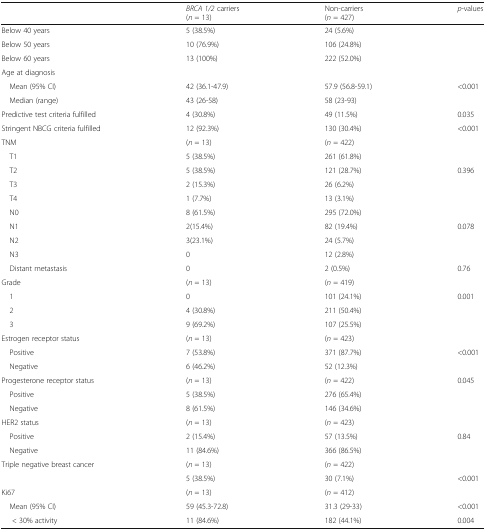
<table><thead><tr><td></td><td><b><i>BRCA 1/2</i> carriers(<i>n</i> = 13)</b></td><td><b>Non-carriers(<i>n</i> = 427)</b></td><td><b><i>p</i>-values</b></td></tr></thead><tbody><tr><td>Below 40 years</td><td>5 (38.5%)</td><td>24 (5.6%)</td><td></td></tr><tr><td>Below 50 years</td><td>10 (76.9%)</td><td>106 (24.8%)</td><td></td></tr><tr><td>Below 60 years</td><td>13 (100%)</td><td>222 (52.0%)</td><td></td></tr><tr><td colspan="4">Age at diagnosis</td></tr><tr><td> Mean (95% CI)</td><td>42 (36.1-47.9)</td><td>57.9 (56.8-59.1)</td><td>&lt;0.001</td></tr><tr><td> Median (range)</td><td>43 (26-58)</td><td>58 (23-93)</td><td></td></tr><tr><td>Predictive test criteria fulfilled</td><td>4 (30.8%)</td><td>49 (11.5%)</td><td>0.035</td></tr><tr><td>Stringent NBCG criteria fulfilled</td><td>12 (92.3%)</td><td>130 (30.4%)</td><td>&lt;0.001</td></tr><tr><td>TNM</td><td>(<i>n</i> = 13)</td><td>(<i>n</i> = 422)</td><td></td></tr><tr><td> T1</td><td>5 (38.5%)</td><td>261 (61.8%)</td><td></td></tr><tr><td> T2</td><td>5 (38.5%)</td><td>121 (28.7%)</td><td>0.396</td></tr><tr><td> T3</td><td>2 (15.3%)</td><td>26 (6.2%)</td><td></td></tr><tr><td> T4</td><td>1 (7.7%)</td><td>13 (3.1%)</td><td></td></tr><tr><td> N0</td><td>8 (61.5%)</td><td>295 (72.0%)</td><td></td></tr><tr><td> N1</td><td>2(15.4%)</td><td>82 (19.4%)</td><td>0.078</td></tr><tr><td> N2</td><td>3(23.1%)</td><td>24 (5.7%)</td><td></td></tr><tr><td> N3</td><td>0</td><td>12 (2.8%)</td><td></td></tr><tr><td> Distant metastasis</td><td>0</td><td>2 (0.5%)</td><td>0.76</td></tr><tr><td>Grade</td><td>(<i>n</i> = 13)</td><td>(<i>n</i> = 419)</td><td></td></tr><tr><td> 1</td><td>0</td><td>101 (24.1%)</td><td>0.001</td></tr><tr><td> 2</td><td>4 (30.8%)</td><td>211 (50.4%)</td><td></td></tr><tr><td> 3</td><td>9 (69.2%)</td><td>107 (25.5%)</td><td></td></tr><tr><td>Estrogen receptor status</td><td>(<i>n</i> = 13)</td><td>(<i>n</i> = 423)</td><td></td></tr><tr><td> Positive</td><td>7 (53.8%)</td><td>371 (87.7%)</td><td>&lt;0.001</td></tr><tr><td> Negative</td><td>6 (46.2%)</td><td>52 (12.3%)</td><td></td></tr><tr><td>Progesterone receptor status</td><td>(<i>n</i> = 13)</td><td>(<i>n</i> = 422)</td><td>0.045</td></tr><tr><td> Positive</td><td>5 (38.5%)</td><td>276 (65.4%)</td><td></td></tr><tr><td> Negative</td><td>8 (61.5%)</td><td>146 (34.6%)</td><td></td></tr><tr><td>HER2 status</td><td>(<i>n</i> = 13)</td><td>(<i>n</i> = 423)</td><td></td></tr><tr><td> Positive</td><td>2 (15.4%)</td><td>57 (13.5%)</td><td>0.84</td></tr><tr><td> Negative</td><td>11 (84.6%)</td><td>366 (86.5%)</td><td></td></tr><tr><td rowspan="2">Triple negative breast cancer</td><td>(<i>n</i> = 13)</td><td>(<i>n</i> = 422)</td><td></td></tr><tr><td>5 (38.5%)</td><td>30 (7.1%)</td><td>&lt;0.001</td></tr><tr><td>Ki67</td><td>(<i>n</i> = 13)</td><td>(<i>n</i> = 412)</td><td></td></tr><tr><td> Mean (95% CI)</td><td>59 (45.3-72.8)</td><td>31.3 (29-33)</td><td>&lt;0.001</td></tr><tr><td>&lt; 30% activity</td><td>11 (84.6%)</td><td>182 (44.1%)</td><td>0.004</td></tr></tbody></table>